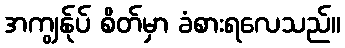
အကျွန်ုပ် စိတ်မှာ ခံစားရလေသည်။